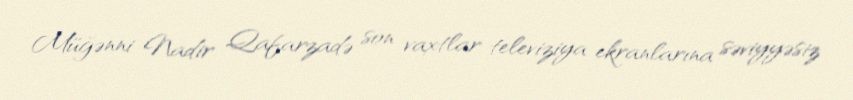
Müğənni Nadir Qafarzadə son vaxtlar televiziya ekranlarına səviyyəsiz